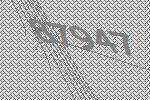
87947